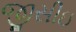
જીસીઇ